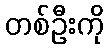
တစ်ဦးကို